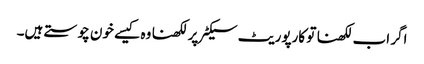
اگر اب لکھنا تو کارپوریٹ سیکٹر پر لکھنا وہ کیسے خون چوستے ہیں۔